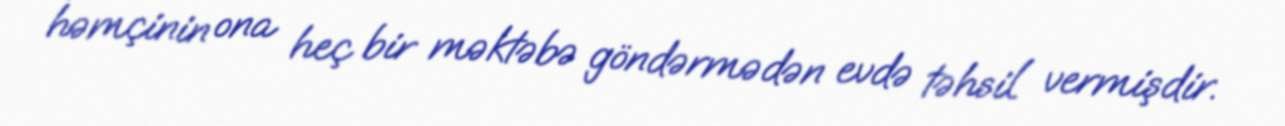
həmçinin ona heç bir məktəbə göndərmədən evdə təhsil vermişdir.